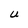
Character: U